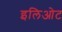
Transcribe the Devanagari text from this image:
इलिओट